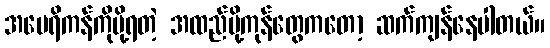
အမေရိကန်ကိုပို့ရတဲ့ အထည်ပို့ကုန်တွေကတော့ ဆက်ကျန်နေပါတယ်။